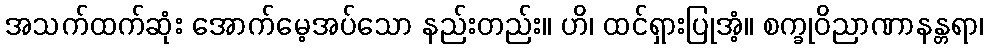
အသက်ထက်ဆုံး အောက်မေ့အပ်သော နည်းတည်း။ ဟိ၊ ထင်ရှားပြုအံ့။ စက္ခုဝိညာဏာနန္တရာ၊